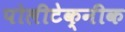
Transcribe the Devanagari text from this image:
पोलीटेक्‍नीक